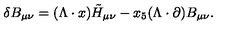
\delta B _ { \mu \nu } = ( \Lambda \cdot x ) \tilde { H } _ { \mu \nu } - x _ { 5 } ( \Lambda \cdot \partial ) B _ { \mu \nu } .